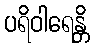
ပရိဝါရေန္တိ